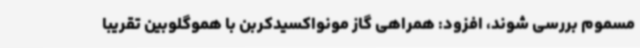
مسموم بررسی شوند، افزود: همراهی گاز مونواکسیدکربن با هموگلوبین تقریباً